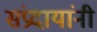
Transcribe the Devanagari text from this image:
संप्रदायांनी